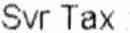
SVR TAX :